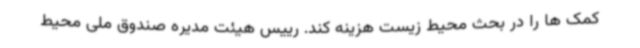
کمک ها را در بحث محیط زیست هزینه کند. رییس هیئت مدیره صندوق ملی محیط